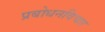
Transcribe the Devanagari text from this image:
प्रबोधनविचार